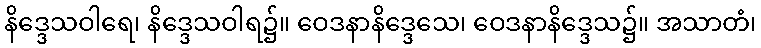
နိဒ္ဒေသဝါရေ၊ နိဒ္ဒေသဝါရ၌။ ဝေဒနာနိဒ္ဒေသေ၊ ဝေဒနာနိဒ္ဒေသ၌။ အသာတံ၊